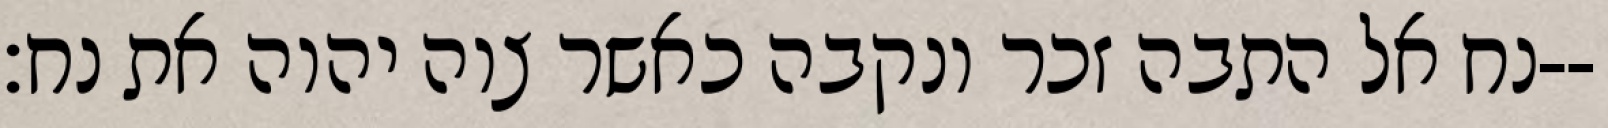
נח אל התבה זכר ונקבה כאשר צוה יהוה את נח׃--